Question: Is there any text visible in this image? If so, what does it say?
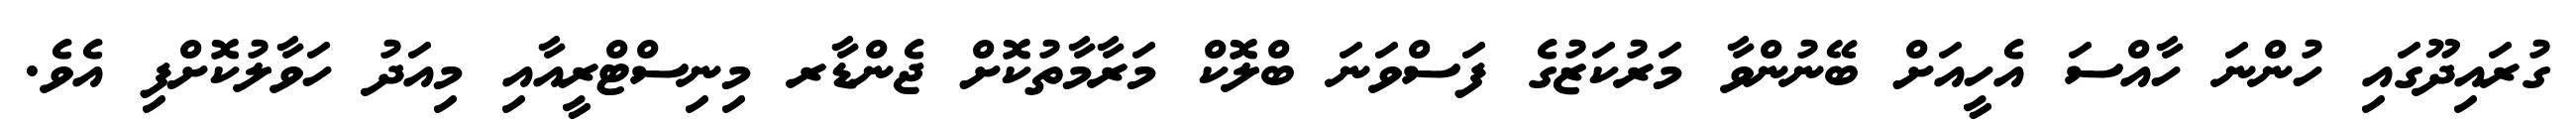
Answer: ގުރައިދޫގައި ހުންނަ ހާއްސަ އެހީއަށް ބޭނުންވާ މަރުކަޒުގެ ފަސްވަނަ ބްލޮކް މަރާމާތުކޮށް ޖެންޑާރ މިނިސްޓްރީއާއި މިއަދު ހަވާލުކޮށްފި އެވެ.